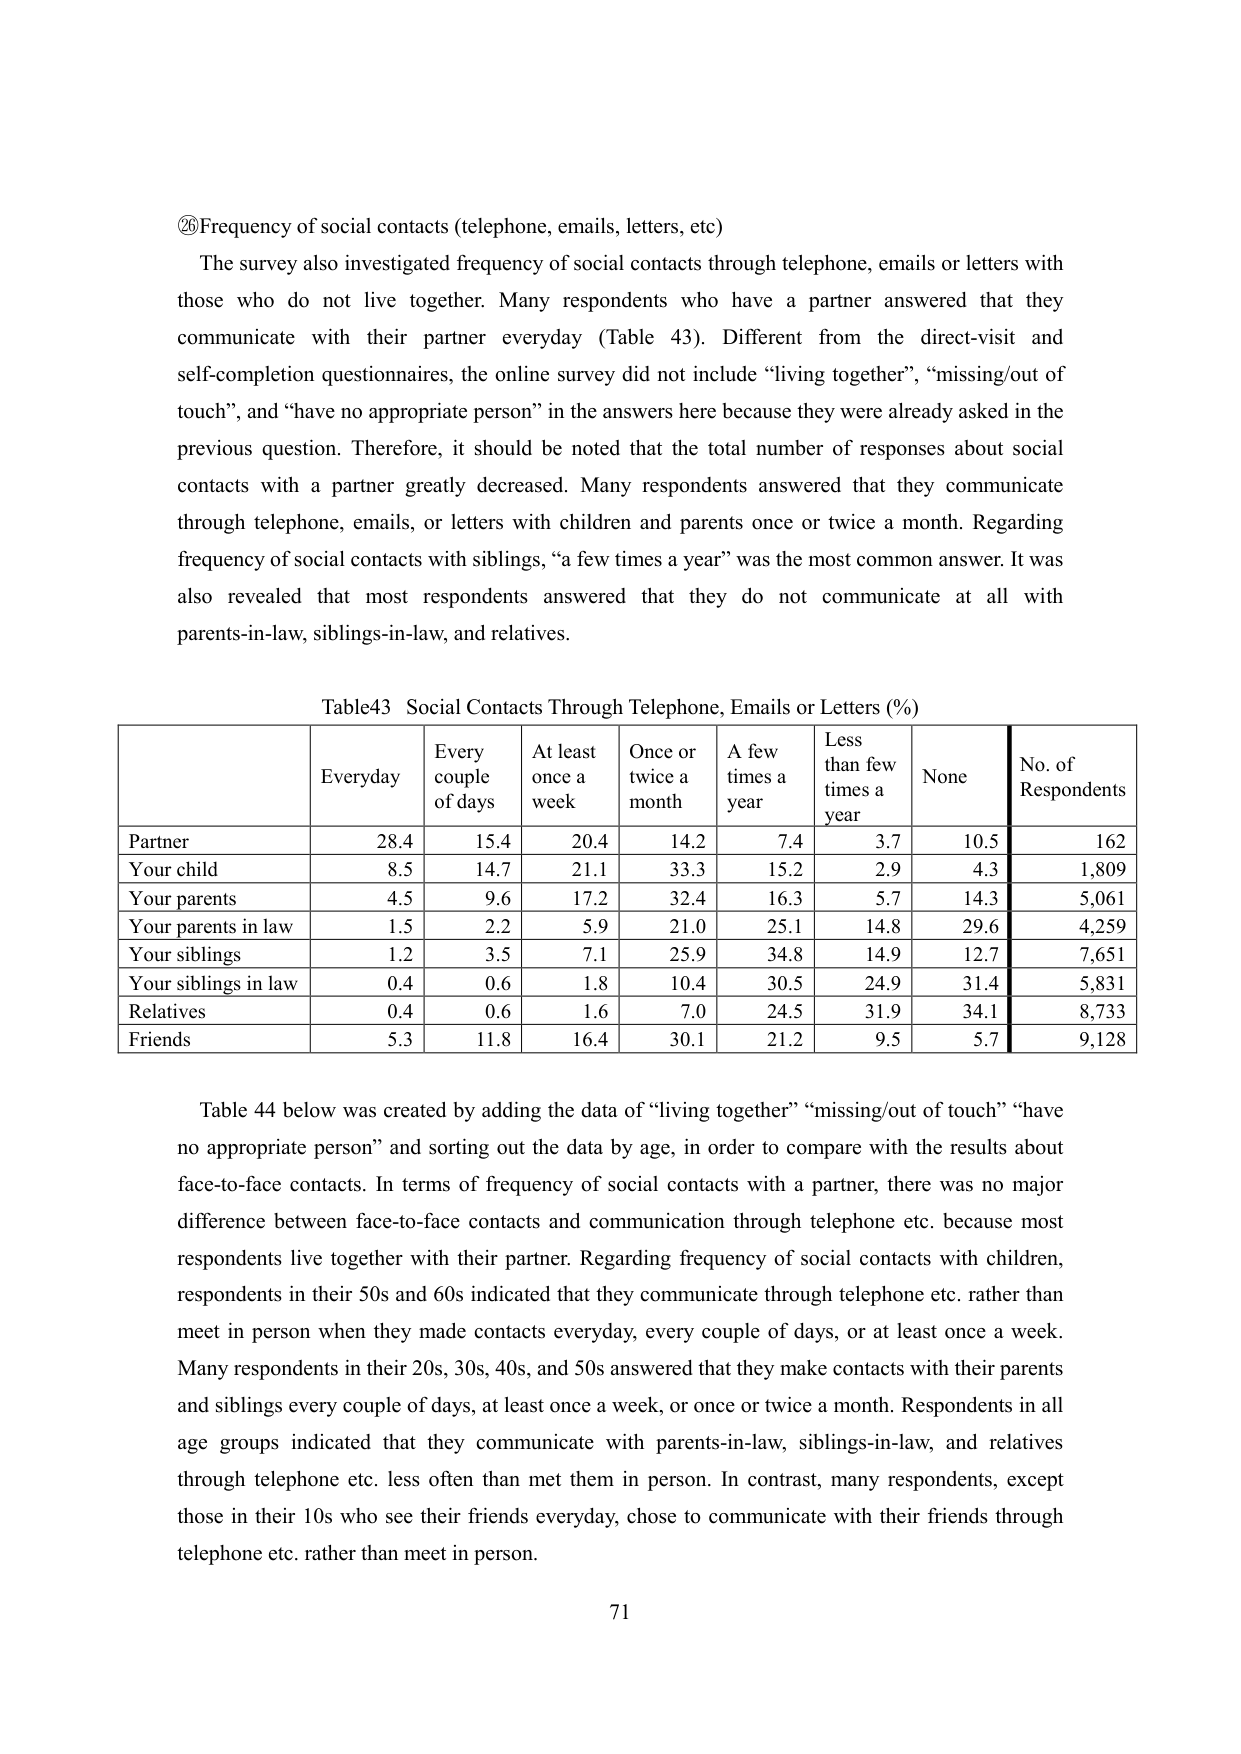
⑳ Frequency of social contacts (telephone, emails, letters, etc)

The survey also investigated frequency of social contacts through telephone, emails or letters with those who do not live together. Many respondents who have a partner answered that they communicate with their partner everyday (Table 43). Different from the direct-visit and self-completion questionnaires, the online survey did not include “living together”, “missing/out of touch”, and “have no appropriate person” in the answers here because they were already asked in the previous question. Therefore, it should be noted that the total number of responses about social contacts with a partner greatly decreased. Many respondents answered that they communicate through telephone, emails, or letters with children and parents once or twice a month. Regarding frequency of social contacts with siblings, “a few times a year” was the most common answer. It was also revealed that most respondents answered that they do not communicate at all with parents-in-law, siblings-in-law, and relatives.

Table43 Social Contacts Through Telephone, Emails or Letters (%)

| | Everyday | Every couple of days | At least once a week | Once or twice a month | A few times a year | Less than few times a year | None | No. of Respondents |
|---|---|---|---|---|---|---|---|---|
| Partner | 28.4 | 15.4 | 20.4 | 14.2 | 7.4 | 3.7 | 10.5 | 162 |
| Your child | 8.5 | 14.7 | 21.1 | 33.3 | 15.2 | 2.9 | 4.3 | 1,809 |
| Your parents | 4.5 | 9.6 | 17.2 | 32.4 | 16.3 | 5.7 | 14.3 | 5,061 |
| Your parents in law | 1.5 | 2.2 | 5.9 | 21.0 | 25.1 | 14.8 | 29.6 | 4,259 |
| Your siblings | 1.2 | 3.5 | 7.1 | 25.9 | 34.8 | 14.9 | 12.7 | 7,651 |
| Your siblings in law | 0.4 | 0.6 | 1.8 | 10.4 | 30.5 | 24.9 | 31.4 | 5,831 |
| Relatives | 0.4 | 0.6 | 1.6 | 7.0 | 24.5 | 31.9 | 34.1 | 8,733 |
| Friends | 5.3 | 11.8 | 16.4 | 30.1 | 21.2 | 9.5 | 5.7 | 9,128 |

Table 44 below was created by adding the data of “living together” “missing/out of touch” “have no appropriate person” and sorting out the data by age, in order to compare with the results about face-to-face contacts. In terms of frequency of social contacts with a partner, there was no major difference between face-to-face contacts and communication through telephone etc. because most respondents live together with their partner. Regarding frequency of social contacts with children, respondents in their 50s and 60s indicated that they communicate through telephone etc. rather than meet in person when they made contacts everyday, every couple of days, or at least once a week. Many respondents in their 20s, 30s, 40s, and 50s answered that they make contacts with their parents and siblings every couple of days, at least once a week, or once or twice a month. Respondents in all age groups indicated that they communicate with parents-in-law, siblings-in-law, and relatives through telephone etc. less often than met them in person. In contrast, many respondents, except those in their 10s who see their friends everyday, chose to communicate with their friends through telephone etc. rather than meet in person.

71